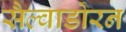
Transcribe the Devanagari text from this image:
सैल्वाडोरन